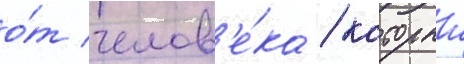
о́т челов'е́ка / которыи